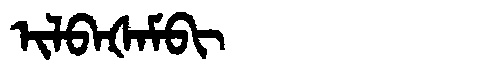
Manchu: ᡳᠯᠪᠠᡧᠠᠮᠪᡳ
Romanization: ILBAŠAMBI